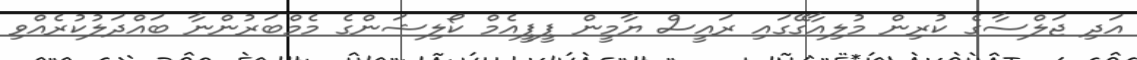
އަދި ޖަލްސާގެ ކުރިން މުލިއާގޭގައި ރައީސް ޔާމީން ޕީޕީއެމް ކޯލިޝަންގެ މެމްބަރުންނާ ބައްދަލުކުރެއްވި